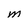
Character: M